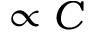
{ \propto C }